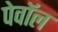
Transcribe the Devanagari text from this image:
पेवॉल